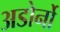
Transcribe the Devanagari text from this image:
अडोर्नो